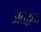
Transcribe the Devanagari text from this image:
अंतर्द्वन्द